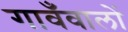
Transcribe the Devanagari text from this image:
गावँवालों